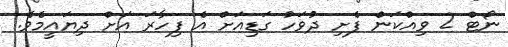
ނޯޓް 2 ވިއްކަން ފެށި ދުވަހު ގަޑިއަށް އެ ފިހާރަ އަށް ދިޔައީމެވެ.